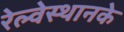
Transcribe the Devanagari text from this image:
रेल्वेस्थानके